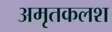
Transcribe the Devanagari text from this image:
अमृतकलश